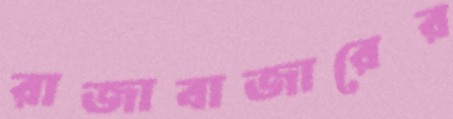
রাজাবাজারের